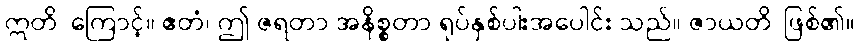
ဣတိ၊ ကြောင့်။ ဧတံ၊ ဤ ဇရတာ အနိစ္စတာ ရုပ်နှစ်ပါးအပေါင်း သည်။ ဇာယတိ၊ ဖြစ်၏။